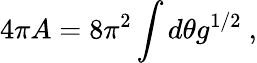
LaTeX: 4\pi A=8\pi^{2}\int d\theta g^{1/2}\ ,